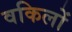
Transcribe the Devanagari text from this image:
वकिलों